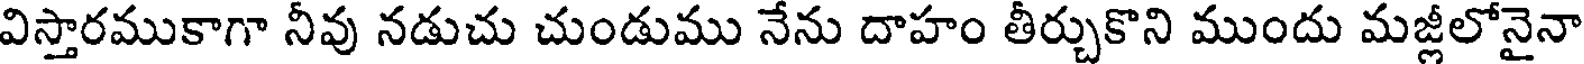
విస్తారముకాగా నీవు నడుచు చుండుము నేను దాహం తీర్చుకొని ముందు మజ్లీలోనైనా